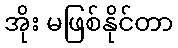
အိုး မဖြစ်နိုင်တာ